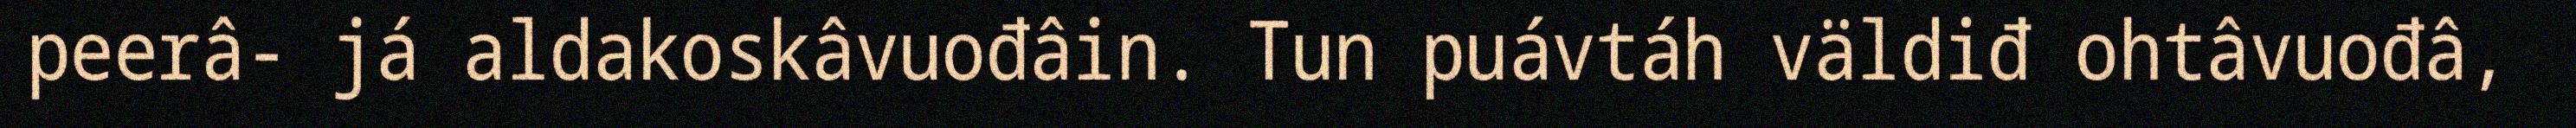
peerâ- já aldakoskâvuođâin. Tun puávtáh väldiđ ohtâvuođâ,